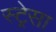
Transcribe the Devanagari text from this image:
स्ट्रेसा